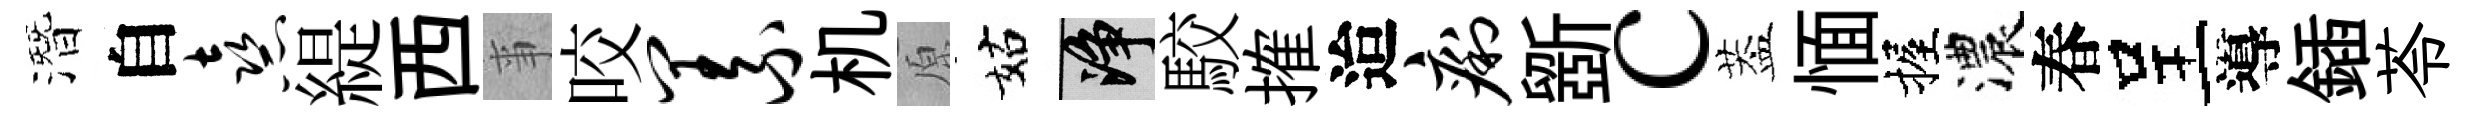
潛自熹緹西亊咬义机原姑净駮搉迨痢斵c葢愐握濃春呈導鍤苓